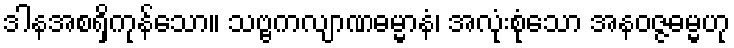
ဒါနအစရှိကုန်သော။ သဗ္ဗကလျာဏဓမ္မာနံ၊ အလုံးစုံသော အနဝဇ္ဇဓမ္မဟု